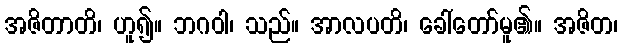
အဇိတာတိ၊ ဟူ၍။ ဘဂဝါ၊ သည်။ အာလပတိ၊ ခေါ်တော်မူ၏။ အဇိတ၊